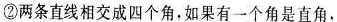
②两条直线相交成四个角，如果有一个角是直角，